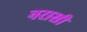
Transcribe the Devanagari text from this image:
नरासी